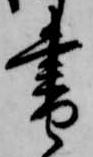
書